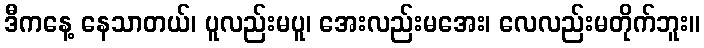
ဒီကနေ့ နေသာတယ်၊ ပူလည်းမပူ၊ အေးလည်းမအေး၊ လေလည်းမတိုက်ဘူး။